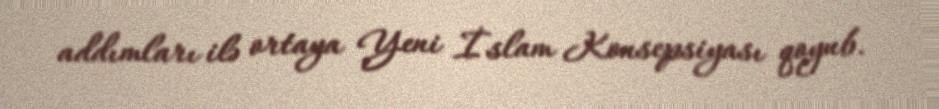
addımları ilə ortaya Yeni İslam Konsepsiyası qoyub.